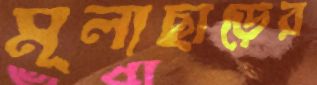
মূল্যছাড়ের